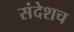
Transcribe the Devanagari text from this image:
संदेशच